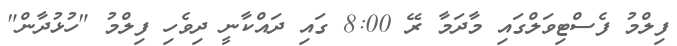
ފިލްމު ފެސްޓިވަލްގައި މާދަމާ ރޭ 8:00 ގައި ދައްކާނީ ދިވެހި ފިލްމު "ހުޅުދާން"